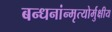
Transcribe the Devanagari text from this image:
बन्धनांन्मृत्योर्मुक्षीय